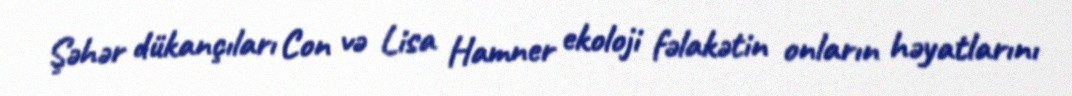
Şəhər dükançıları Con və Lisa Hamner ekoloji fəlakətin onların həyatlarını